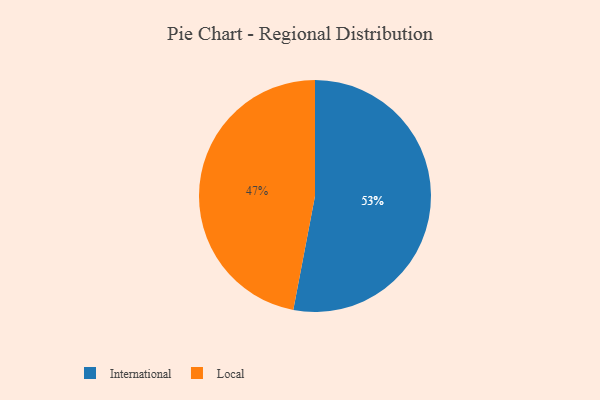
{"axis": {"x": "Category", "y": "Percentage"}, "legend": ["International", "Local"], "data": [{"x": "Local", "y": 47, "type": "Local"}, {"x": "International", "y": 53, "type": "International"}]}